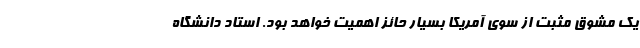
یک مشوق مثبت از سوی آمریکا بسیار حائز اهمیت خواهد بود. استاد دانشگاه